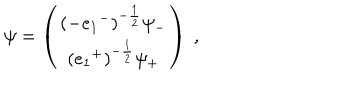
LaTeX: \psi = \left( \begin{matrix} { { ( - e _ { 1 } { } ^ { - } ) ^ { - \frac { 1 } { 2 } } \psi _ { - } } } \\ { { ( e _ { 1 } { } ^ { + } ) ^ { - \frac { 1 } { 2 } } \psi _ { + } } } \\ \end{matrix} \right) ~ ,